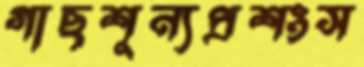
গাছশূন্যপ্রশংস